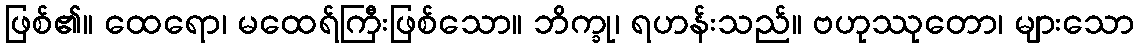
ဖြစ်၏။ ထေရော၊ မထေရ်ကြီးဖြစ်သော။ ဘိက္ခု၊ ရဟန်းသည်။ ဗဟုဿုတော၊ များသော